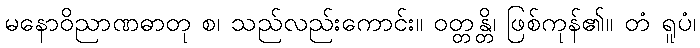
မနောဝိညာဏဓာတု စ၊ သည်လည်းကောင်း။ ဝတ္တန္တိ၊ ဖြစ်ကုန်၏။ တံ ရူပံ၊